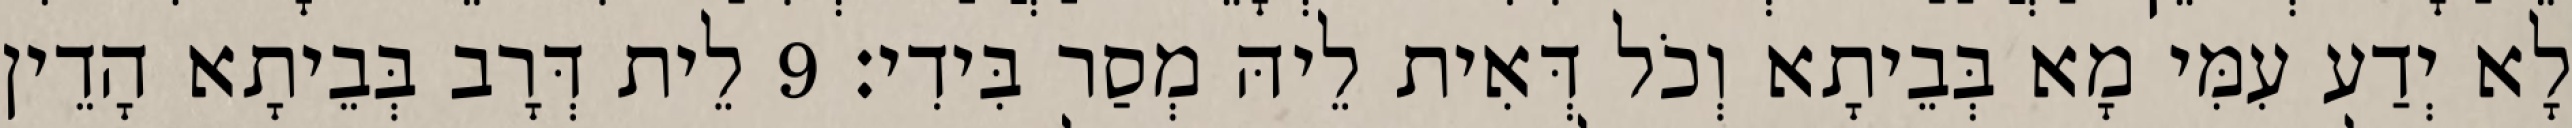
לָא יְדַע עִמִּי מָא בְּבֵיתָא וְכֹל דְּאִית לֵיהּ מְסַר בִּידִי׃ 9 לֵית דְּרָב בְּבֵיתָא הָדֵין